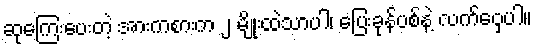
ဆုကြေးပေးတဲ့ အားကစားက ၂ မျိုးထဲသာပါ၊ ပြေးခုန်ပစ်နဲ့ လက်ဝှေ့ပါ။